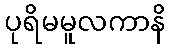
ပုရိမမူလကာနိ